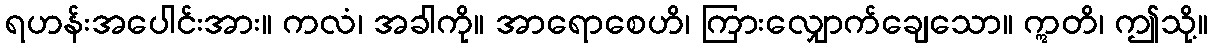
ရဟန်းအပေါင်းအား။ ကလံ၊ အခါကို။ အာရောစေဟိ၊ ကြားလျှောက်ချေသော။ ဣတိ၊ ဤသို့။